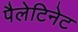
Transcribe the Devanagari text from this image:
पैलेटिनेट